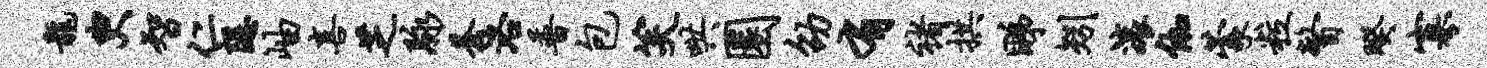
龙臾智仁隐岫喜芝脉苍洛普包笑哄圜劭有褚拱睇矧滚伽蒙粒瞥暌寡